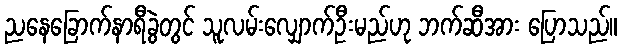
ညနေခြောက်နာရီခွဲတွင် သူလမ်းလျှောက်ဦးမည်ဟု ဘက်ဆီအား ပြောသည်။